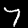
Digit: 7